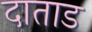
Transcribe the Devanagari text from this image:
दाताड